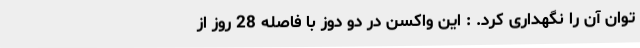
توان آن را نگهداری کرد. : این واکسن در دو دوز با فاصله 28 روز از